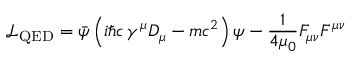
{ \mathcal { L } } _ { \mathrm { Q E D } } = { \bar { \psi } } \left( i \hbar c \, \gamma ^ { \mu } D _ { \mu } - m c ^ { 2 } \right) \psi - { \frac { 1 } { 4 \mu _ { 0 } } } F _ { \mu \nu } F ^ { \mu \nu }